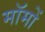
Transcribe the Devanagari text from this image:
मॉमों